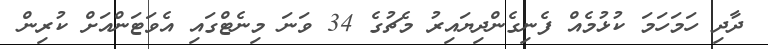
ދާދި ހަމަހަމަ ކުޅުމެއް ފެނިގެންދިޔައިރު މެޗުގެ 34 ވަނަ މިނެޓްގައި އެވަޓަންއަށް ކުރިން